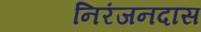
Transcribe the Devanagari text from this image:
निरंजनदास